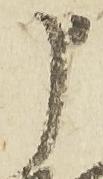
申